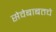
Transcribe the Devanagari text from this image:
सेवेबाबतचे